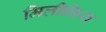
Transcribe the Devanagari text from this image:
मिलीग्रिस